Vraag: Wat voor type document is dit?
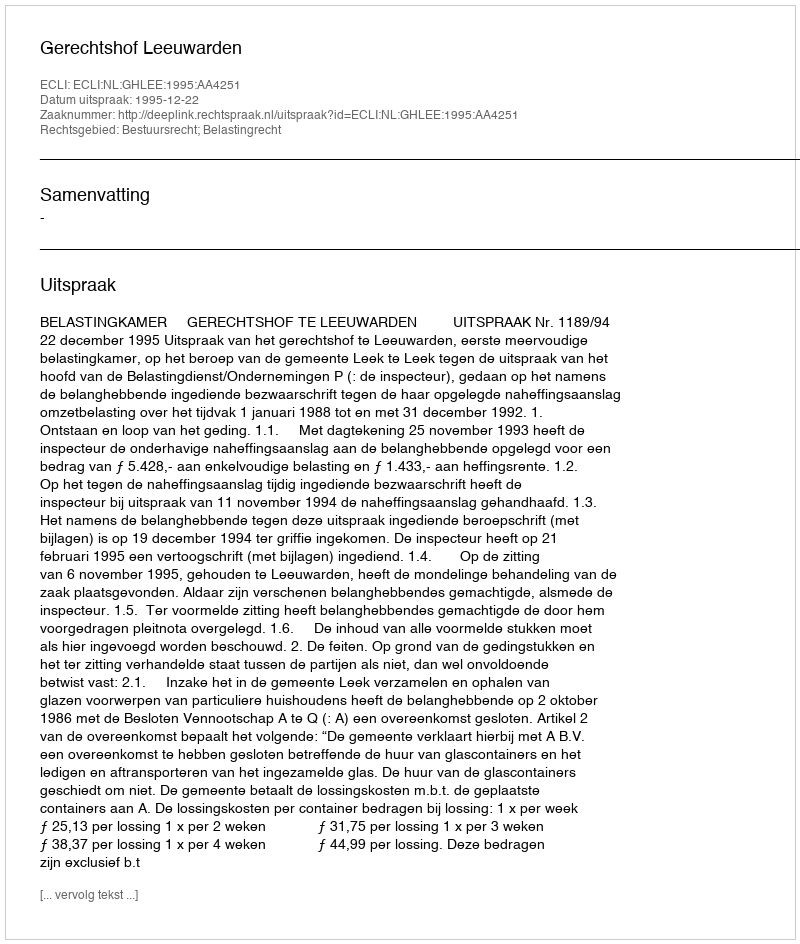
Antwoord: Uitspraak